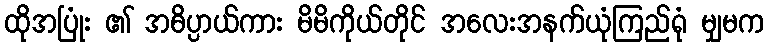
ထိုအပြုံး ၏ အဓိပ္ပာယ်ကား မိမိကိုယ်တိုင် အလေးအနက်ယုံကြည်ရုံ မျှမက